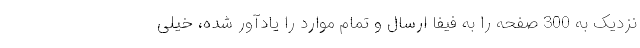
نزدیک به 300 صفحه را به فیفا ارسال و تمام موارد را یادآور شده، خیلی